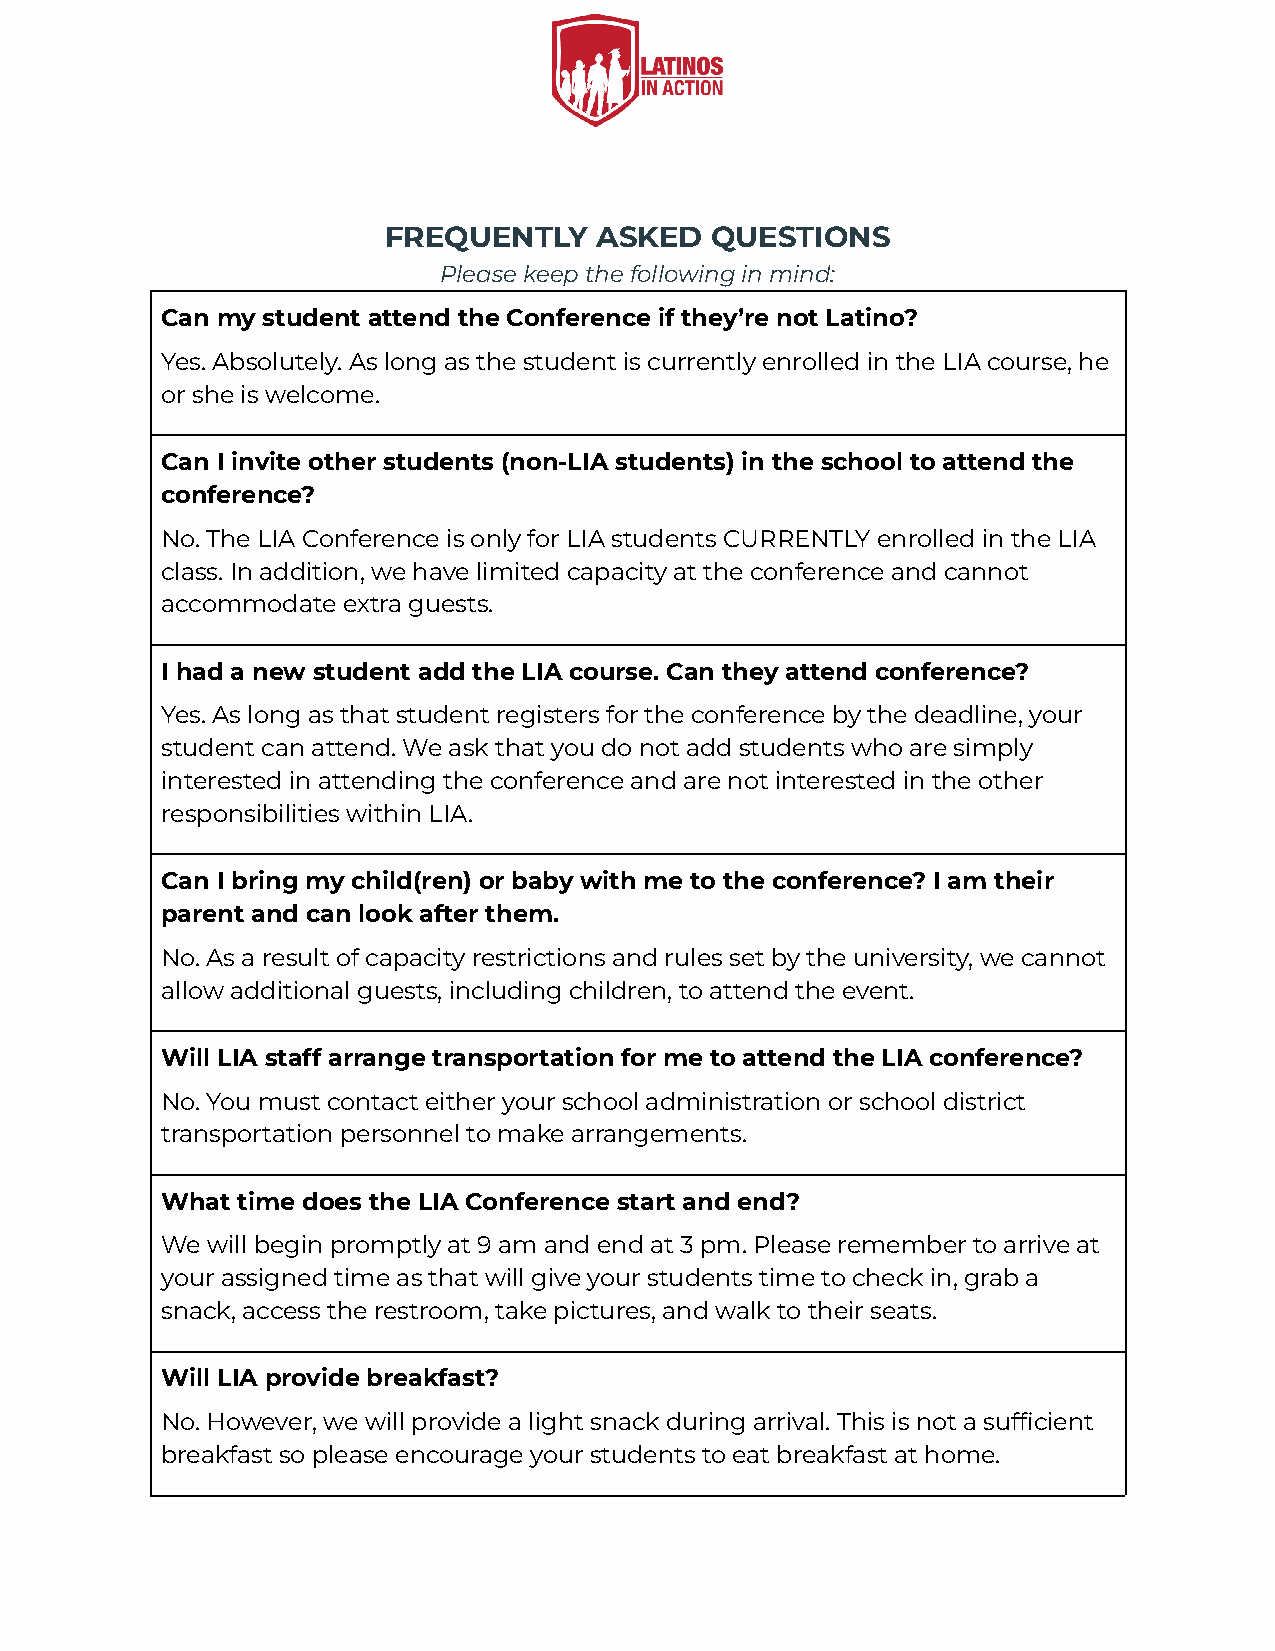
FREQUENTLY    ASKED   QUESTIONS
 Please keep the following in mind:
 Can my student attend the Conference if they’re not Latino?
 Yes. Absolutely. As long as the student is currently enrolled in the LIA course, he
 or she is welcome.
 Can I invite other students (non-LIA students) in the school to attend the
 conference?
 No. The LIA Conference is only for LIA students CURRENTLY enrolled in the LIA
 class. In addition, we have limited capacity at the conference and cannot
 accommodate extra guests.
 I had a new student add the LIA course. Can they attend conference?
 Yes. As long as that student registers for the conference by the deadline, your
 student can attend. We ask that you do not add students who are simply
 interested in attending the conference and are not interested in the other
 responsibilities within LIA.
 Can I bring my child(ren) or baby with me to the conference? I am their
 parent and can look after them.
 No. As a result of capacity restrictions and rules set by the university, we cannot
 allow additional guests, including children, to attend the event.
 Will LIA staff arrange transportation for me to attend the LIA conference?
 No. You must contact either your school administration or school district
 transportation personnel to make arrangements.
 What time does the LIA Conference start and end?
 We will begin promptly at 9 am and end at 3 pm. Please remember to arrive at
 your assigned time as that will give your students time to check in, grab a
 snack, access the restroom, take pictures, and walk to their seats.
 Will LIA provide breakfast?
 No. However, we will provide a light snack during arrival. This is not a sufficient
 breakfast so please encourage your students to eat breakfast at home.